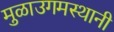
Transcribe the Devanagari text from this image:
मुळाउगमस्थानी